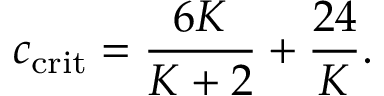
c _ { \mathrm { c r i t } } = { \frac { 6 K } { K + 2 } } + { \frac { 2 4 } { K } } .